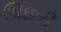
ઊછરી